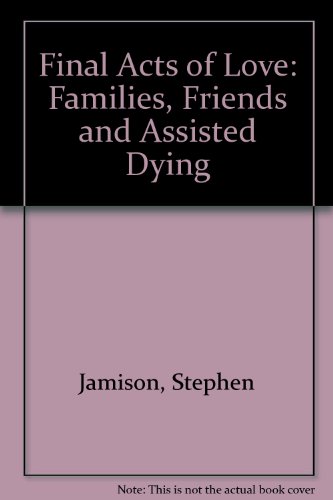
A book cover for Final Acts of Love; Stephen Jamison; Medical Books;